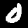
Label: 0